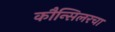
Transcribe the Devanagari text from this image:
कौन्सिलरचा